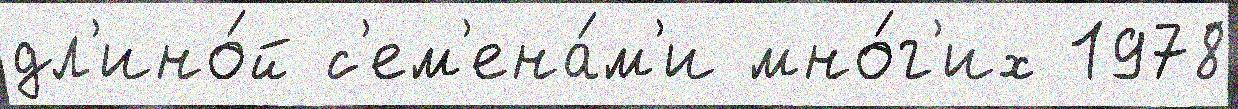
дл'ино́й с'ем'ена́м'и мно́г'их 1978